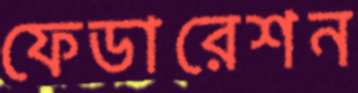
ফেডারেশন